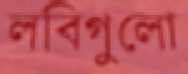
লবিগুলো